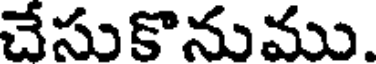
చేసుకొనుము.